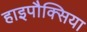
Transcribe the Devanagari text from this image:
हाइपौक्सिया